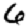
Digit: 6